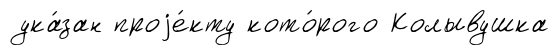
ука́зан проjе́кту кото́рого Колывушка